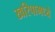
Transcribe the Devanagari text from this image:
खरिपामध्ये